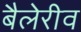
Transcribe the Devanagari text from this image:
बैलेरीव